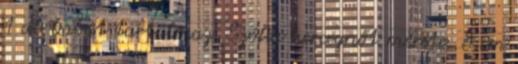
1 db babát tartalmaz, Szófia hercegnőt mérete: 8 cm